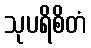
သုပရိစိတံ